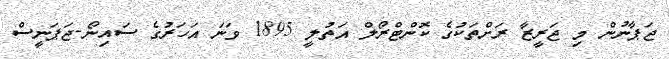
ޖަޕާނުން މި ޖަރީޒާ ރަށްތަކުގެ ކޮންޓްރޯލް އަތުލީ 1895 ވަނަ އަހަރުގެ ސައިނޯ-ޖަޕަނީސް